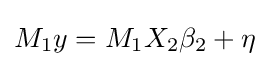
M_{1}y=M_{1}X_{2}\beta _{2}+\eta